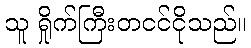
သူ ရှိုက်ကြီးတငင်ငိုသည်။